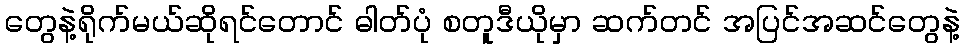
တွေနဲ့ရိုက်မယ်ဆိုရင်တောင် ဓါတ်ပုံ စတူဒီယိုမှာ ဆက်တင် အပြင်အဆင်တွေနဲ့